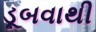
ડૂબવાથી